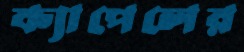
ক্যাপেলের